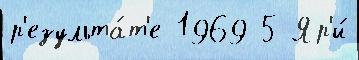
р'езульта́т'е 1969 5 Яр'и́